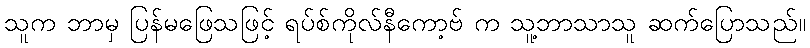
သူက ဘာမှ ပြန်မဖြေသဖြင့် ရပ်စ်ကိုလ်နီကော့ဗ် က သူ့ဘာသာသူ ဆက်ပြောသည်။